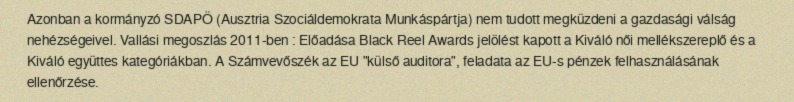
Azonban a kormányzó SDAPÖ (Ausztria Szociáldemokrata Munkáspártja) nem tudott megküzdeni a gazdasági válság nehézségeivel. Vallási megoszlás 2011-ben : Előadása Black Reel Awards jelölést kapott a Kiváló női mellékszereplő és a Kiváló együttes kategóriákban. A Számvevőszék az EU "külső auditora", feladata az EU-s pénzek felhasználásának ellenőrzése.